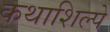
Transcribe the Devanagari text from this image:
कथाशिल्पे